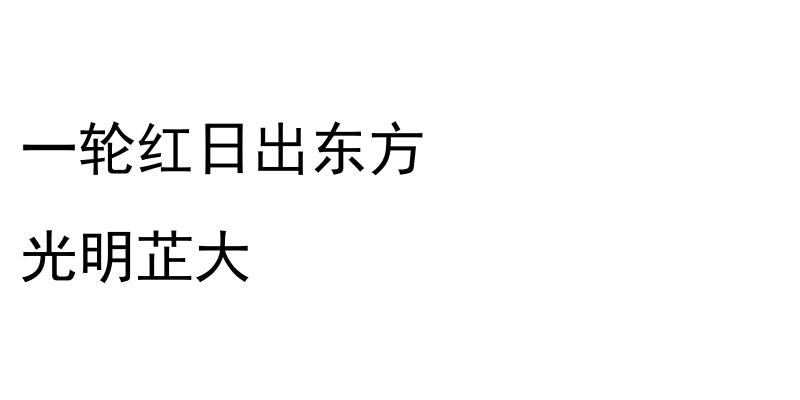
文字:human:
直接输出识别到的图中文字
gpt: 一轮红日出东方 光明芷大